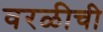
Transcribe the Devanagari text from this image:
वरळीची